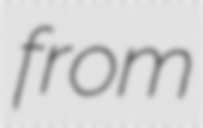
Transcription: from